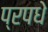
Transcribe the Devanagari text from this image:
प्रपधे